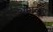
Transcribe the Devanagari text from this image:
अगनूर